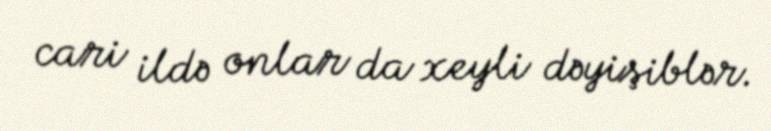
cari ildə onlar da xeyli dəyişiblər.